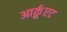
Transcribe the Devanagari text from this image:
आर्क़ुएट